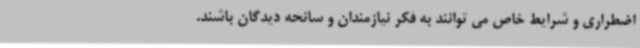
اضطراری و شرایط خاص می توانند به فکر نیازمندان و سانحه دیدگان باشند.